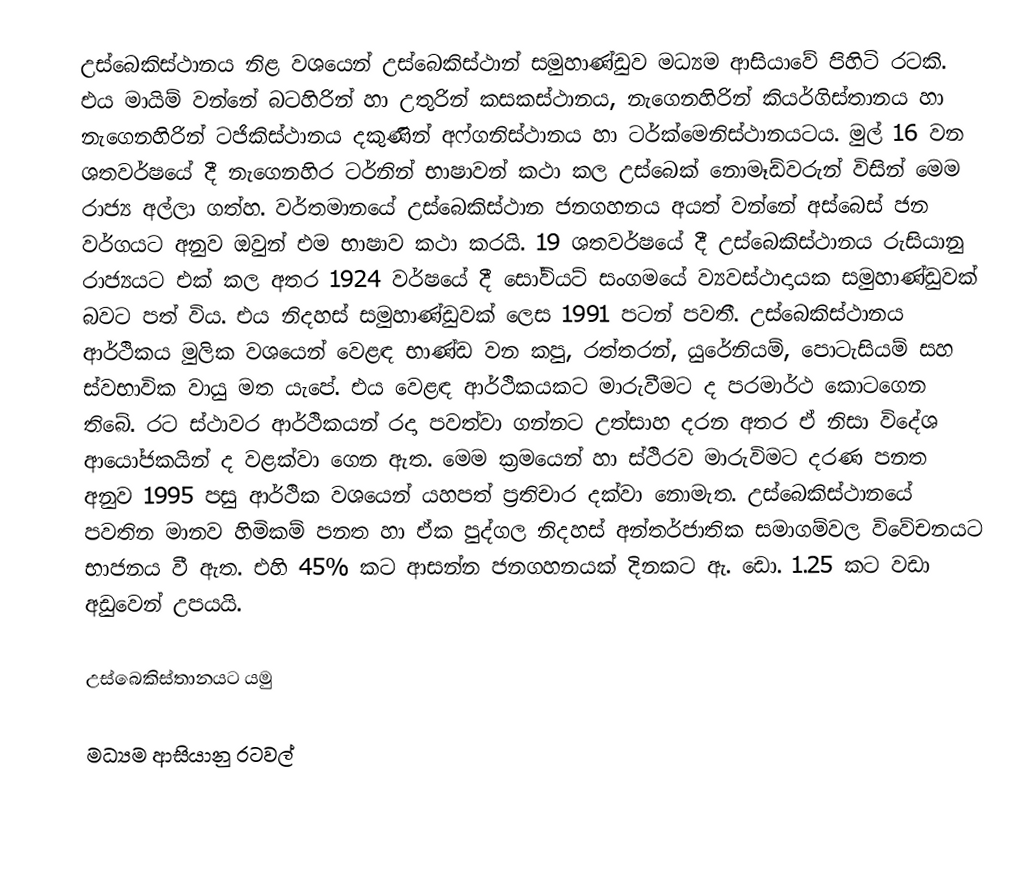
උස්බෙකිස්ථානය නිළ වශයෙන් උස්බෙකිස්ථාන් සමුහාණ්ඩුව මධ්‍යම ආසියාවේ පිහිටි රටකි. එය මායිම් වන්නේ බටහිරින් හා උතුරින් කසකස්ථානය, නැගෙනහිරින් කියර්ගිස්තානය හා නැගෙනහිරින් ටජිකිස්ථානය දකුණින් අෆ්ගනිස්ථානය හා ටර්ක්මෙනිස්ථානයටය. මුල් 16 වන ශතවර්ෂයේ දී නැගෙනහිර ටර්නින් භාෂාවන් කථා කල උස්බෙක් නොමෑඩ්වරුන් විසින් මෙම රාජ්‍ය අල්ලා ගත්හ. වර්තමානයේ උස්බෙකිස්ථාන ජනගහනය අයත් වන්නේ අස්බෙස් ජන වර්ගයට අනුව ඔවුන් එම භාෂාව කථා කරයි. 19 ශතවර්ෂයේ දී උස්බෙකිස්ථානය රුසියානු රාජ්‍යයට එක් කල අතර 1924 වර්ෂයේ දී සෝවියට් සංගමයේ ව්‍යවස්ථාදායක සමුහාණ්ඩුවක් බවට පත් විය. එය නිදහස් සමුහාණ්ඩුවක් ලෙස 1991 පටන් පවතී. උස්බෙකිස්ථානය ආර්ථිකය මුලික වශයෙන් වෙළඳ භාණ්ඩ වන කපු, රත්තරන්, යුරේනියම්, පොටැසියම් සහ ස්වභාවික වායු මත යැපේ. එය වෙළඳ ආර්ථිකයකට මාරුවීමට ද පරමාර්ථ කොටගෙන තිබේ. රට ස්ථාවර ආර්ථිකයන් රදා පවත්වා ගන්නට උත්සාහ දරන අතර ඒ නිසා විදේශ ආයෝජකයින් ද වළක්වා ගෙන ඇත. මෙම ක්‍ර‍මයෙන් හා ස්ථිරව මාරුවිමට දරණ පනත අනුව 1995 පසු ආර්ථික වශයෙන් යහපත් ප්‍රතිචාර දක්වා නොමැත. උස්බෙකිස්ථානයේ පවතින මානව හිමිකම් පනත හා ඒක පුද්ගල නිදහස් අන්තර්ජාතික සමාගම්වල විවේචනයට භාජනය වී ඇත. එහි 45% කට ආසන්න ජනගහනයක් දිනකට ඇ. ඩො. 1.25 කට වඩා අඩුවෙන් උපයයි.

 උස්බෙකිස්තානයට යමු

මධ්‍යම ආසියානු රටවල්